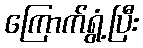
ကြောက်ရွံ့ပြီး